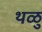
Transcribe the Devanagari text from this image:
थळु